Annual report on the working of the lock hospitals in the North-Western Provinces and Oudh
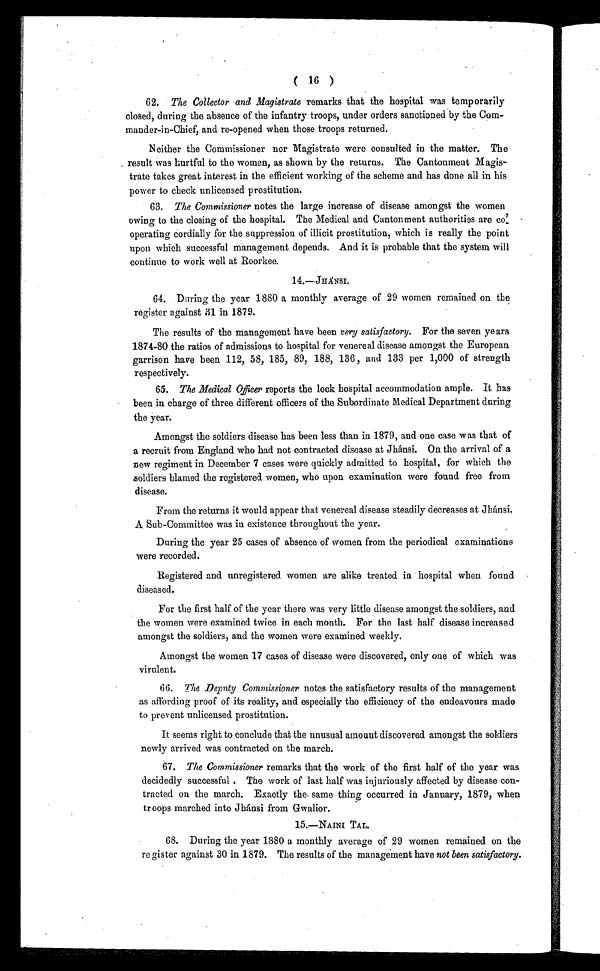
( 16 )
62. The Collector and Magistrate remarks that the hospital was temporarily
closed, during the absence of the infantry troops, under orders sanctioned by the Com-
mander-in-Chief, and re-opened when those troops returned.
Neither the Commissioner nor Magistrate were consulted in the matter. The
result was hurtful to the women, as shown by the returns. The Cantonment Magis-
trate takes great interest in the efficient working of the scheme and has done all in his
power to check unlicensed prostitution.
63. The Commissioner notes the large increase of disease amongst the women
owing to the closing of the hospital. The Medical and Cantonment authorities are co'.
operating cordially for the suppression of illicit prostitution, which is really the point
upon which successful management depends. And it is probable that the system will
continue to work well at Roorkee.
14.—JHÁNSI.
64. During the year 1880 a monthly average of 29 women remained on the
register against 31 in 1879.
The results of the management have been very satisfactory. For the seven years
1874-80 the ratios of admissions to hospital for venereal disease amongst the European
garrison have been 112, 58, 185, 89, 188, 136, and 133 per 1,000 of strength
respectively.
65. The Medical Oficer reports the lock hospital accommodation ample. It has
been in charge of three different officers of the Subordinate Medical Department during
the year.
Amongst the soldiers disease has been less than in 1879, and one case was that of
a recruit from England who had not contracted disease at Jhánsi. On the arrival of a
new regiment in December 7 cases were quickly admitted to hospital, for which the
soldiers blamed the registered women, who upon examination were found free from
disease.
From the returns it would appear that venereal disease steadily decreases at Jhánsi.
A Sub-Committee was in existence throughout the year.
During the year 25 cases of absence of women from the periodical examinations
were recorded.
Registered and unregistered women are alike treated in hospital when found
diseased.
For the first half of the year there was very little disease amongst the soldiers, and
the women were examined twice in each month. For the last half disease increased
amongst the soldiers, and the women were examined weekly.
Amongst the women 17 cases of disease were discovered, only one of which was
virulent.
66. The Depnty Commissioner notes the satisfactory results of the management
as affording proof of its reality, and especially the efficiency of the endeavours made
to prevent unlicensed prostitution.
It seems right to conclude that the unusual amount discovered amongst the soldiers
newly arrived was contracted on the march.
67. The Commissioner remarks that the work of the first half of the year was
decidedly successful . The work of last half was injuriously affected by disease con-
tracted on the march. Exactly the same thing occurred in January, 1879, when
troops marched into Jhánsi from Gwalior.
15.—NAINI TAL.
68. During the year 1880 a monthly average of 29 women remained on the
re gister against 30 in 1879. The results of the management have not been satisfactory.